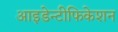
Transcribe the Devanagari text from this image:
आइडेन्टीफिकेशन